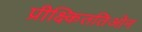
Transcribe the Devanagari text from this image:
प्रीक्ष्किततिओन